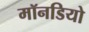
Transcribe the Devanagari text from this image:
मॉनडियो